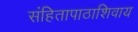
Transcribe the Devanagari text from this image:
संहितापाठाशिवाय